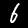
Label: 6